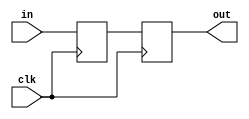
module synchronizer(
    input in, clk,
    output out);

reg a, b;

always@(posedge clk)
begin
    b <= a;
    a <= in;
end

assign out = b;

endmodule